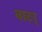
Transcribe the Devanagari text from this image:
वाटर्